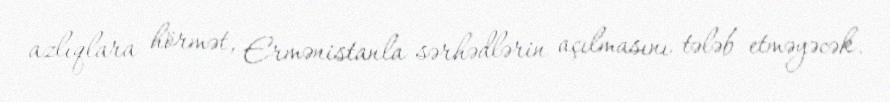
azlıqlara hörmət, Ermənistanla sərhədlərin açılmasını tələb etməyəcək.